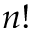
n !